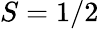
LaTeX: S=1/2